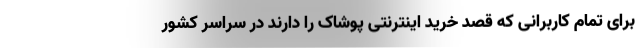
برای تمام کاربرانی که قصد خرید اینترنتی پوشاک را دارند در سراسر کشور